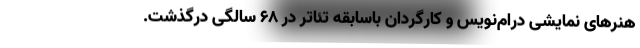
هنرهای نمایشی درام‌نویس و کارگردان باسابقه تئاتر در ۶۸ سالگی درگذشت.